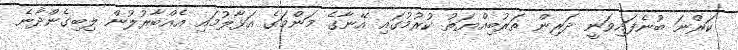
ކަރްނަ ބުނެފައިވަނީ ދަރިން ތަރުބިއްޔަތު ކުރުމުގައި އޭނާގެ މަންމަގެ އަޅާލުމައި އެއްބާރުލުން ލިބިގެންދާނެ